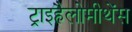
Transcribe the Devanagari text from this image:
ट्राइहैलोमीथेंस